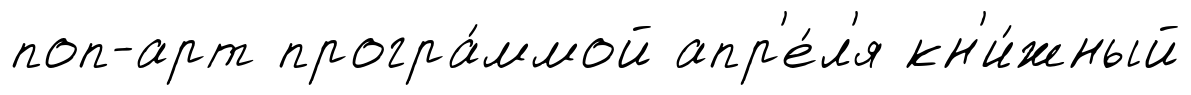
поп-арт програ́ммой апр'е́л'я кн'и́жный